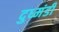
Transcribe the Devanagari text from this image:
दुध्मंडी